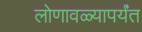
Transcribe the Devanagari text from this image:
लोणावळ्यापर्यंत